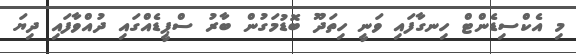
މި އެކްސިޑެންޓް ހިނގާފައި ވަނީ ހިތަދޫ ބޮޑުމަގުން ބާރު ސްޕީޑެއްގައި ދުއްވާފައި ދިޔަ